Vaccination in the Punjab 1897-1904 - 1897-1904
Year: 1897
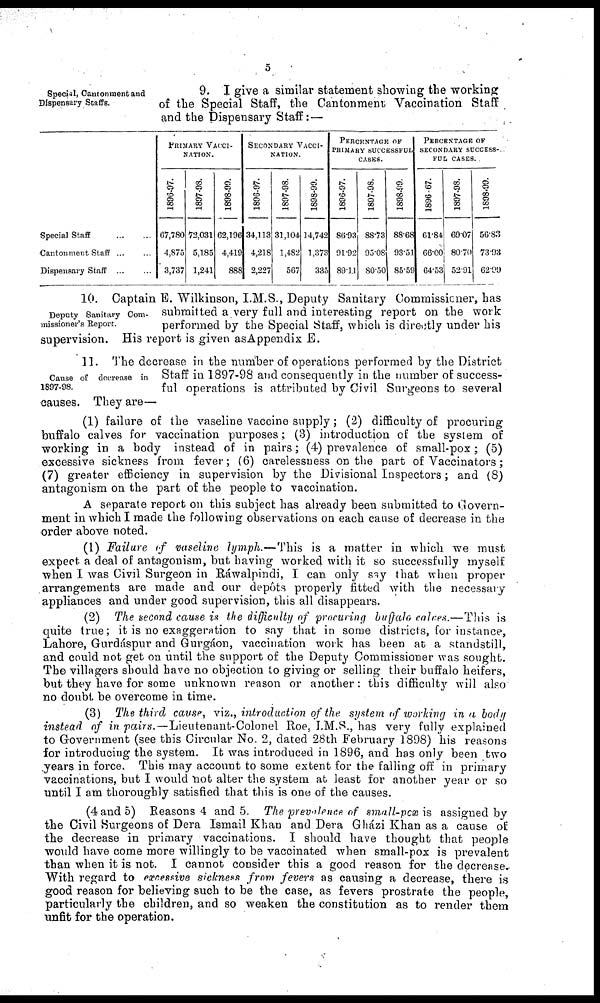
5
Special, Cantonment and
Dispensary Staffs.
9. I give a similar statement showing the working
of the Special Staff, the Cantonment Vaccination Staff
and the Dispensary Staff: —
Special Staff ... ...
Cantonment Staff ... ...
Dispensary Staff ... ...
PRIMARY VACCI¬
------.
1896-97.
67,780
4,875
3,737
1897-98.
72,031
5,185
1,241
1898-99.
62,196
4,419
888
SECONDARY VACCI¬
------.
1896-97.
34,113
4,218
2,227
1897-98.
31,104
1,482
567
1898-99.
14,742
1,373
335
PERCENTAGE OF
PRIMARY SUCCESSFUL
CASES.
1896-97.
86.93
91.92
89,11
1897-98.
88.73
95.08
80.50
1898-99.
88.68
93.51
85.59
PERCENTAGE OF
SECONDARY SUCCESS-
--- CASES.
1896-97.
61.84
66.00
64.53
1897-98.
69.07
80.70
52.91
1898-99.
56.83
73.93
62.99
Deputy Sanitary Com-
missioner's Report.
10. Captain E. Wilkinson, I.M.S., Deputy Sanitary Commissioner, has
submitted a very full and interesting report on the work
performed by the Special Staff, which is directly under his
supervision. His report is given as Appendix E.
Cause of decrease in
1897-98.
11. The decrease in the number of operations performed by the District
Staff in 1897-98 and consequently in the number of success-
ful operations is attributed by Civil Surgeons to several
causes. They are—
(1) failure of the vaseline vaccine supply; (2) difficulty of procuring
buffalo calves for vaccination purposes; (3) introduction of the system of
working in a body instead of in pairs; (4) prevalence of small-pox; (5)
excessive sickness from fever; (6) carelessness on the part of Vaccinators;
(7) greater efficiency in supervision by the Divisional Inspectors; and (8)
antagonism on the part of the people to vaccination.
A separate report on this subject has already been submitted to Govern¬
ment in which I made the following observations on each cause of decrease in the
order above noted.
(1) Failure of vaseline lymph.—This is a matter in which we must
expect a deal of antagonism, but having worked with it so successfully myself
when I was Civil Surgeon in Ráwalpindi, I can only say that when proper
arrangements are made and our depôts properly fitted with the necessary
appliances and under good supervision, this all disappears.
(2) The second cause is the difficulty of procuring buffalo calves.—This is
quite true; it is no exaggeration to say that in some districts, for instance,
Lahore, Gurdáspur and Gurgáon, vaccination work has been at a standstill,
and could not get on until the support of the Deputy Commissioner was sought.
The villagers should have no objection to giving or selling their buffalo heifers,
but they have for some unknown reason or another: this difficulty will also
no doubt be overcome in time.
(3) The third cause, viz., introduction of the system of working in a body
instead of in pairs.—Lieutenant-Colonel Roe, I.M.S., has very fully explained
to Government (see this Circular No. 2, dated 28th February 1898) his reasons
for introducing the system. It was introduced in 1896, and has only been two
years in force. This may account to some extent for the falling off in primary
vaccinations, but I would not alter the system at least for another year or so
until I am thoroughly satisfied that this is one of the causes.
(4 and 5) Reasons 4 and 5. The prevalence of small-pox is assigned by
the Civil Surgeons of Dera Ismail Khan and Dera Gházi Khan as a cause of
the decrease in primary vaccinations. I should have thought that people
would have come more willingly to be vaccinated when small-pox is prevalent
than when it is not. I cannot consider this a good reason for the decrease..
With regard to excessive sickness from fevers as causing a decrease, there is
good reason for believing such to be the case, as fevers prostrate the people,
particularly the children, and so weaken the constitution as to render them
unfit for the operation.